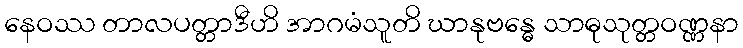
နေဝဿ တာလပတ္တာဒီဟိ အာဂမံသူတိ ဃာနုဗန္ဓေ သာဓုသုတ္တဝဏ္ဏနာ